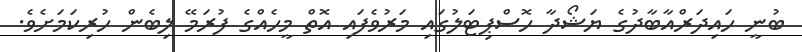
ބުނީ ހައިދަރްއާބާދުގެ ޔަޝޯދާ ހޮސްޕިޓަލުގައި މަރުވެފައި އޮތް މީހެއްގެ ފުރަމޭ ލިބެން ހުރިކަމަށެވެ.